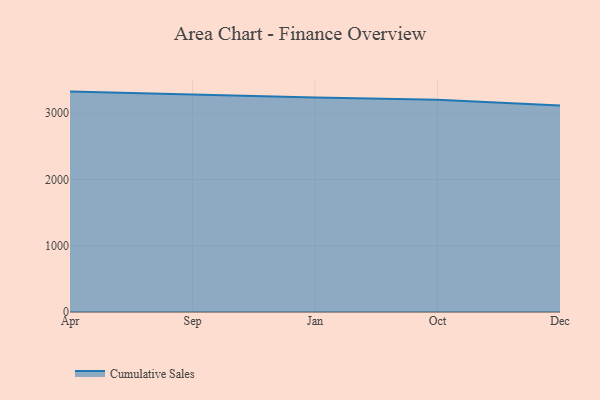
{"axis": {"x": "Month", "y": "Churn Rate (%)"}, "legend": ["Cumulative Sales"], "data": [{"x": "Apr", "y": 3327.2, "type": "Cumulative Sales"}, {"x": "Sep", "y": 3278.1, "type": "Cumulative Sales"}, {"x": "Jan", "y": 3239.0, "type": "Cumulative Sales"}, {"x": "Oct", "y": 3205.8, "type": "Cumulative Sales"}, {"x": "Dec", "y": 3115.6, "type": "Cumulative Sales"}]}